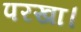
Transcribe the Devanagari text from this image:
परखा।